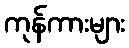
ကုန်ကားများ